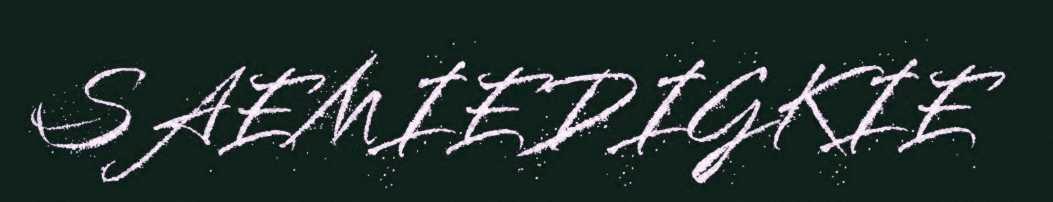
SAEMIEDIGKIE